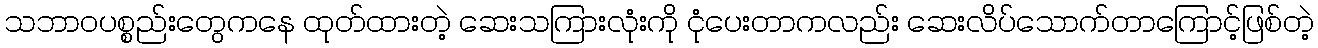
သဘာဝပစ္စည်းတွေကနေ ထုတ်ထားတဲ့ ဆေးသကြားလုံးကို ငုံပေးတာကလည်း ဆေးလိပ်သောက်တာကြောင့်ဖြစ်တဲ့